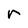
Character: r